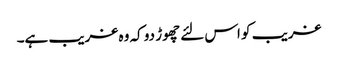
غریب کو اس لئے چھوڑ دو کہ وہ غریب ہے۔